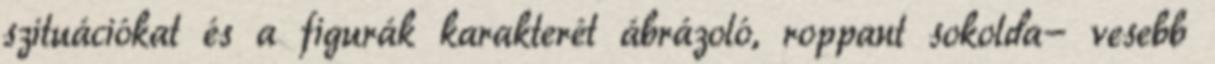
szituációkat és a figurák karakterét ábrázoló, roppant sokolda- vesebb